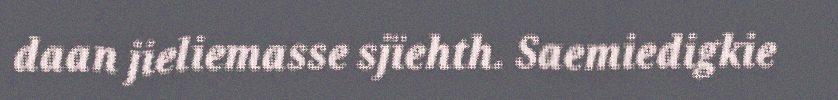
daan jieliemasse sjïehth. Saemiedigkie